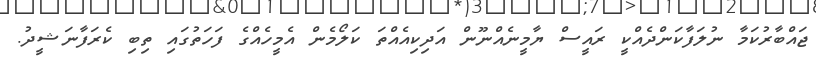
ޖައްބާރުކަމާ ނުލަފާކަންދެއްކީ ރައީސް ޔާމީނެއްނޫން އަދިކިއެއްތަ ކަލޯމެން އެމީހެއްގެ ފަހަތުގައި ތިބި ކެރަފާނަޝީދު.